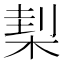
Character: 𣓇